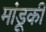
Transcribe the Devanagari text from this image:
मांडूकी